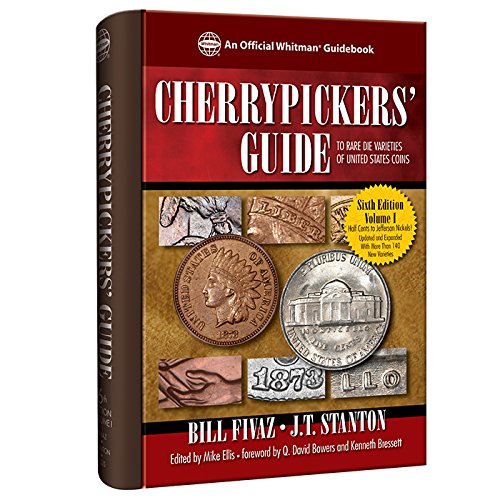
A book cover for Cherrypickers' Guide to Rare Die Varieties of United States Coins, Sixth Edition, Volume I; Bill Fivaz; Crafts, Hobbies & Home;